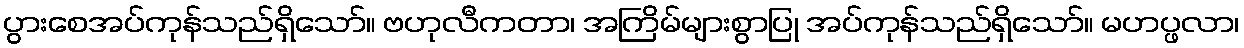
ပွားစေအပ်ကုန်သည်ရှိသော်။ ဗဟုလီကတာ၊ အကြိမ်များစွာပြု အပ်ကုန်သည်ရှိသော်။ မဟပ္ဖလာ၊